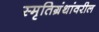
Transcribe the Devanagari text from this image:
स्मृतिग्रंथांवरील